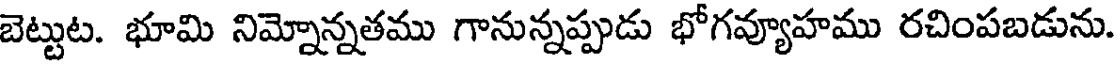
బెట్టుట. భూమి నిమ్నోన్నతము గానున్నప్పుడు భోగవ్యూహము రచింపబడును.